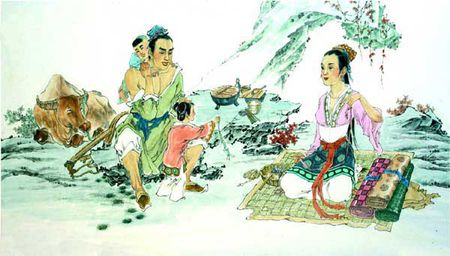
东飞乌鹊西飞燕。盈盈一水经年见。